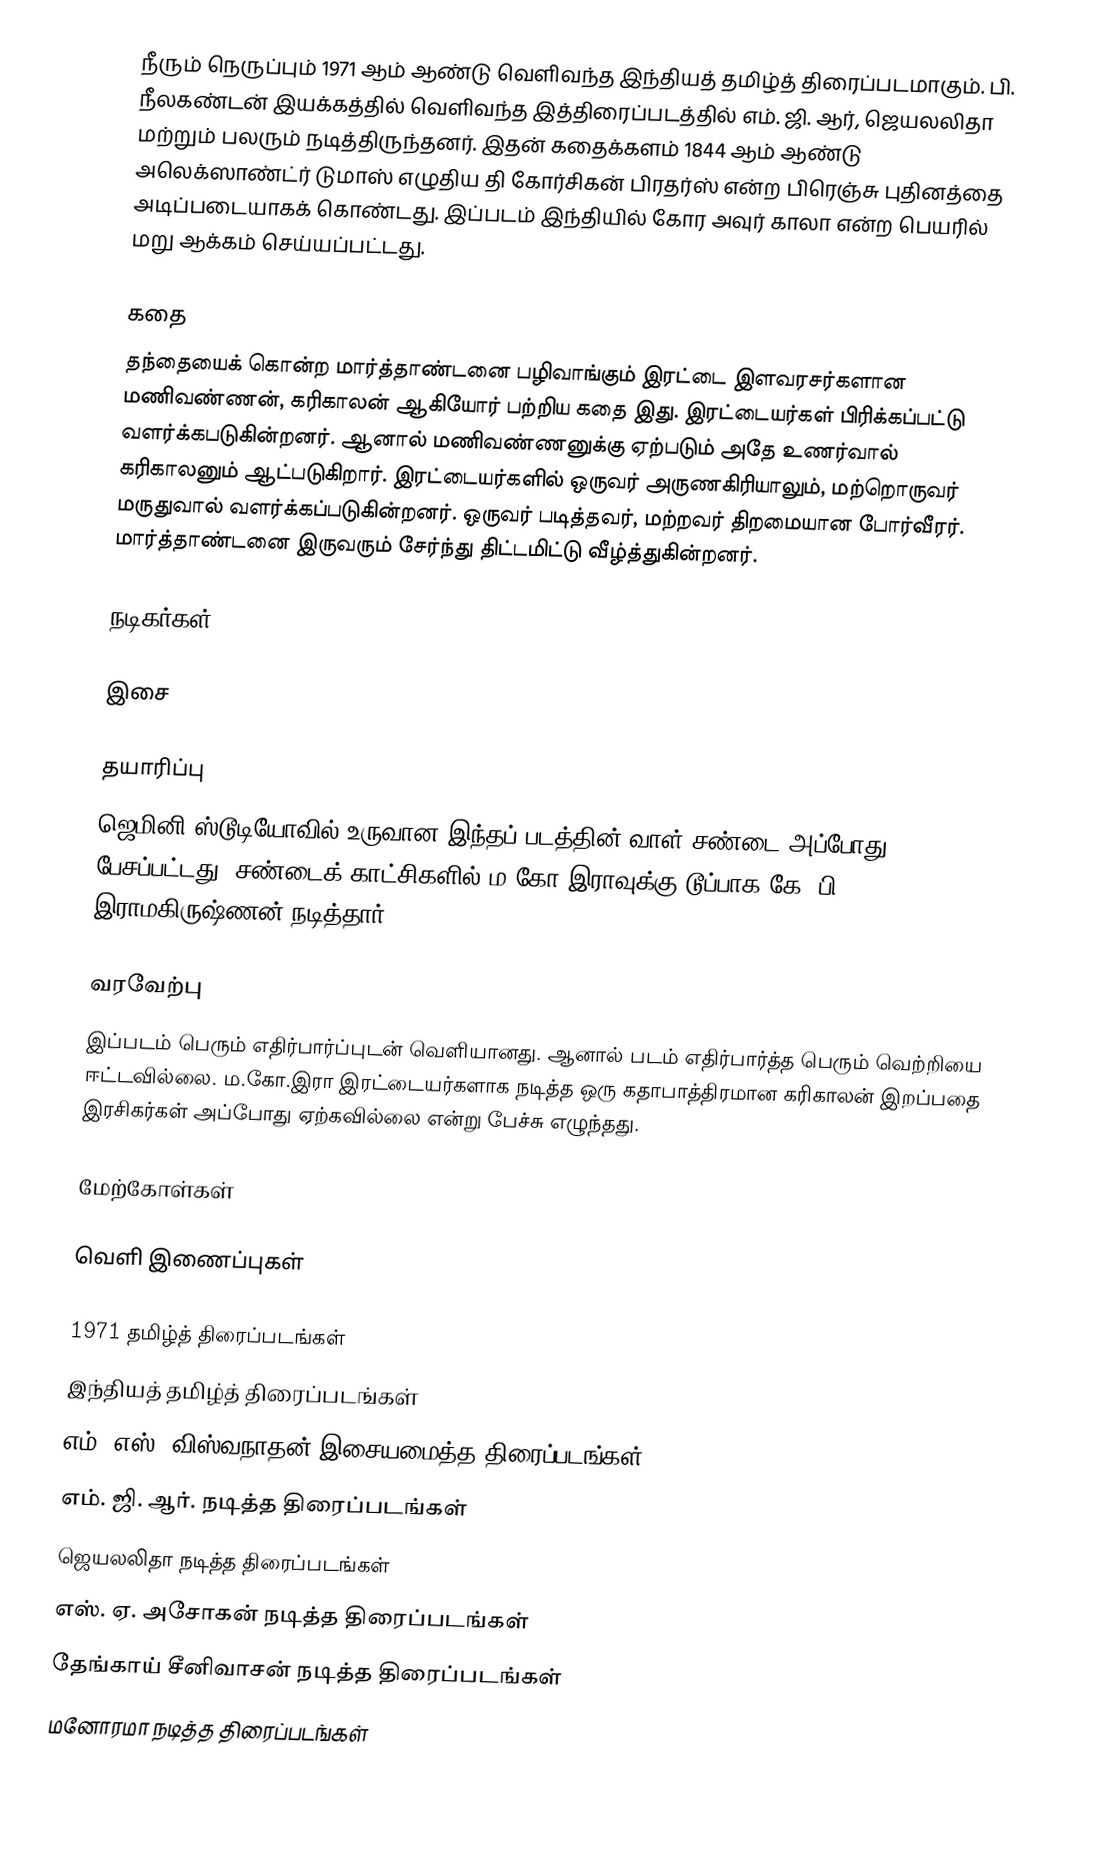
நீரும் நெருப்பும் 1971 ஆம் ஆண்டு வெளிவந்த இந்தியத் தமிழ்த் திரைப்படமாகும். பி. நீலகண்டன் இயக்கத்தில் வெளிவந்த இத்திரைப்படத்தில் எம். ஜி. ஆர், ஜெயலலிதா மற்றும் பலரும் நடித்திருந்தனர். இதன் கதைக்களம் 1844 ஆம் ஆண்டு அலெக்ஸாண்ட்ர் டுமாஸ் எழுதிய தி கோர்சிகன் பிரதர்ஸ் என்ற பிரெஞ்சு புதினத்தை அடிப்படையாகக் கொண்டது. இப்படம் இந்தியில் கோர அவுர் காலா என்ற பெயரில் மறு ஆக்கம் செய்யப்பட்டது.

கதை
தந்தையைக் கொன்ற மார்த்தாண்டனை பழிவாங்கும் இரட்டை இளவரசர்களான மணிவண்ணன், கரிகாலன் ஆகியோர் பற்றிய கதை இது. இரட்டையர்கள் பிரிக்கப்பட்டு வளர்க்கபடுகின்றனர். ஆனால் மணிவண்ணனுக்கு ஏற்படும் அதே உணர்வால் கரிகாலனும் ஆட்படுகிறார். இரட்டையர்களில் ஒருவர் அருணகிரியாலும், மற்றொருவர் மருதுவால் வளர்க்கப்படுகின்றனர். ஒருவர் படித்தவர், மற்றவர் திறமையான போர்வீரர். மார்த்தாண்டனை இருவரும் சேர்ந்து திட்டமிட்டு வீழ்த்துகின்றனர்.

நடிகர்கள்

இசை

தயாரிப்பு
ஜெமினி ஸ்டூடியோவில் உருவான இந்தப் படத்தின் வாள் சண்டை அப்போது பேசப்பட்டது. சண்டைக் காட்சிகளில் ம.கோ.இராவுக்கு டூப்பாக கே. பி. இராமகிருஷ்ணன் நடித்தார்.

வரவேற்பு
இப்படம் பெரும் எதிர்பார்ப்புடன் வெளியானது. ஆனால் படம் எதிர்பார்த்த பெரும் வெற்றியை ஈட்டவில்லை. ம.கோ.இரா இரட்டையர்களாக நடித்த ஒரு கதாபாத்திரமான கரிகாலன் இறப்பதை இரசிகர்கள் அப்போது ஏற்கவில்லை என்று பேச்சு எழுந்தது.

மேற்கோள்கள்

வெளி இணைப்புகள்

1971 தமிழ்த் திரைப்படங்கள்
இந்தியத் தமிழ்த் திரைப்படங்கள்
எம். எஸ். விஸ்வநாதன் இசையமைத்த திரைப்படங்கள்
எம். ஜி. ஆர். நடித்த திரைப்படங்கள்
ஜெயலலிதா நடித்த திரைப்படங்கள்
எஸ். ஏ. அசோகன் நடித்த திரைப்படங்கள்
தேங்காய் சீனிவாசன் நடித்த திரைப்படங்கள்
மனோரமா நடித்த திரைப்படங்கள்